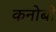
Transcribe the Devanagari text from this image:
कनोबी